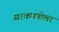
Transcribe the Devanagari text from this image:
सरकमपोलर